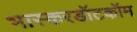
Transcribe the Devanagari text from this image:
भास्करडॉटकॉम